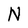
Character: N